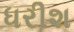
ધરીશ